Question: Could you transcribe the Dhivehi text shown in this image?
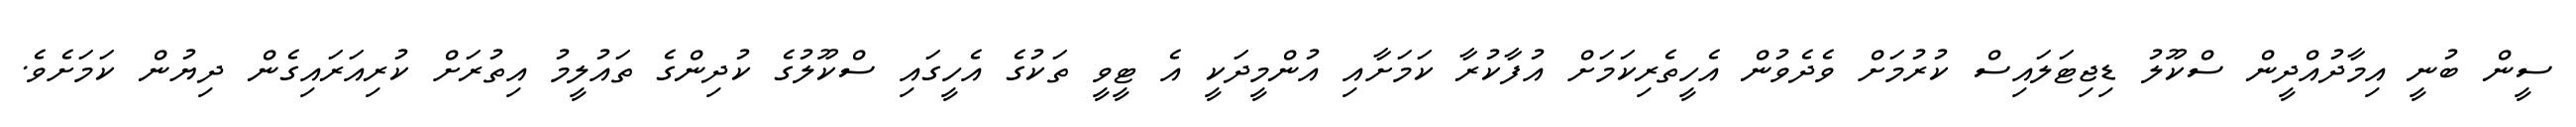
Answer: ސީން ބުނީ އިމާދުއްދީން ސްކޫލު ޑިޖިޓަލައިސް ކުރުމަށް ވެދެވުން އެހީތެރިކަމަށް އުފާކުރާ ކަމަށާއި އުންމީދަކީ އެ ޓީވީ ތަކުގެ އެހީގައި ސްކޫލުގެ ކުދިންގެ ތައުލީމު އިތުރަށް ކުރިއަރައިގެން ދިޔުން ކަމަށެވެ.